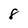
Character: 8